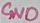
Text: GND